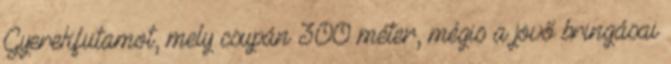
Gyerekfutamot, mely csupán 300 méter, mégis a jövő bringásai